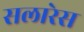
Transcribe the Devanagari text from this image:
सलारेस